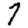
Digit: 7